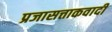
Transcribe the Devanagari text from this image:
प्रजासत्ताकवादी